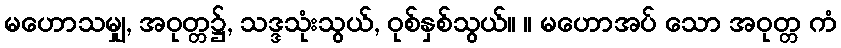
မဟောသမျှ, အဝုတ္တ၌, သဒ္ဒသုံးသွယ်, ဝုစ်နှစ်သွယ်။ ။ မဟောအပ် သော အဝုတ္တ ကံ